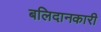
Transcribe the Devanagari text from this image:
बलिदानकारी